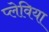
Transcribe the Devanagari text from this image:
प्लेविया